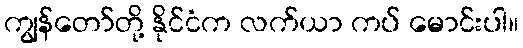
ကျွန်တော်တို့ နိုင်ငံက လက်ယာ ကပ် မောင်းပါ။